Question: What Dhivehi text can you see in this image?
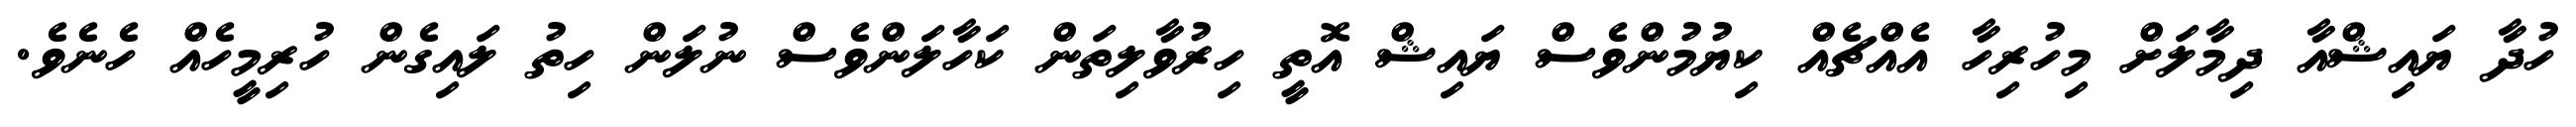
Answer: ހުދާ ޔައިޝްއާ ދިމާލަށް މިހުރިހާ އެއްޗެއް ކިޔުމުންވެސް ޔައިޝް އޮތީ ހިރުވާލިތަން ކަހާލަންވެސް ނުލަން ހިތު ލައިގެން ހުރިމީހެއް ހެނެވެ.